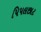
પિપલછાટ